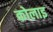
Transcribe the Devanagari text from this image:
कोलाइ